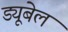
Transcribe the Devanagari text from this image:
ड्यूबेल